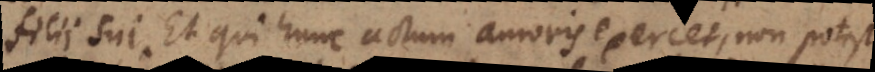
filii sui. Et qui hunc actum amoris exercet, non potest